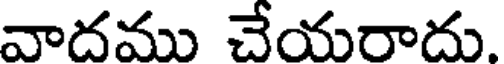
వాదము చేయరాదు.